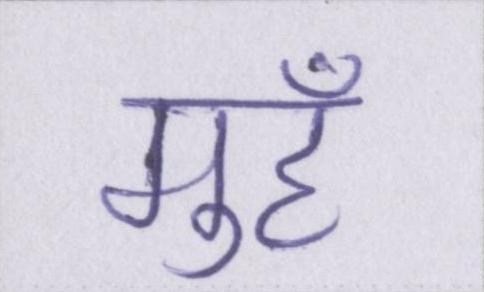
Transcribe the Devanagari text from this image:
मुहँ